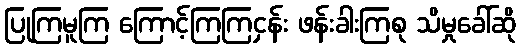
ပြုကြမူကြ ကြောင့်ကြကြငှန်း ဖန်းခါးကြစု သိမှုခေါ်ဆို